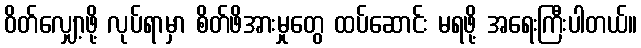
ဝိတ်လျှော့ဖို့ လုပ်ရာမှာ စိတ်ဖိအားမှုတွေ ထပ်ဆောင်း မရဖို့ အရေးကြီးပါတယ်။